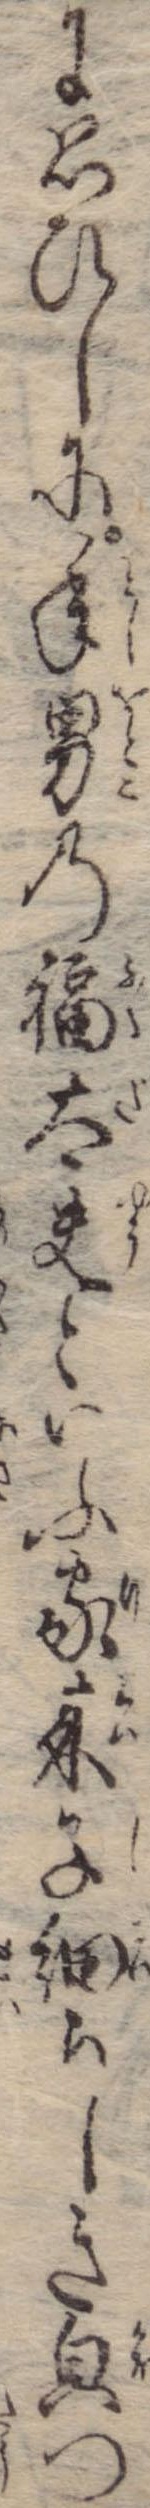
に思ひしに年男の福太夫といふ家来子細らしき貌つ